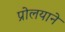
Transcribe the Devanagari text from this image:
प्रोलयाने